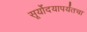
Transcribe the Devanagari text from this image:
सूर्योदयापर्यंतचा